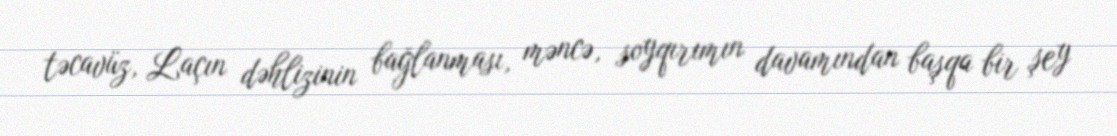
təcavüz, Laçın dəhlizinin bağlanması, məncə, soyqırımın davamından başqa bir şey